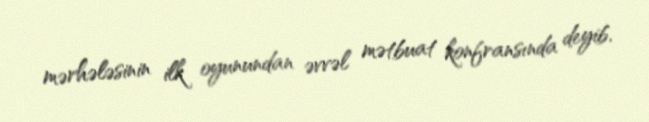
mərhələsinin ilk oyunundan əvvəl mətbuat konfransında deyib.